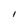
Character: l